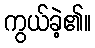
ကွယ်ခဲ့၏။